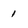
Character: 1